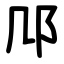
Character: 䢳